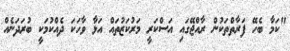
"ކަމާ ބެހޭ ފަރާތްތަކުން ރާއްޖޭގައި އަސްކަރީ މަރުކަޒުތައް އަޅާ ވާހަކަ ދެއްކުމަކީ ބުރަދަނެއް